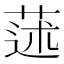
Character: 蒁